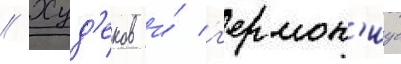
// Худ'еков и́ г'ермон'иус